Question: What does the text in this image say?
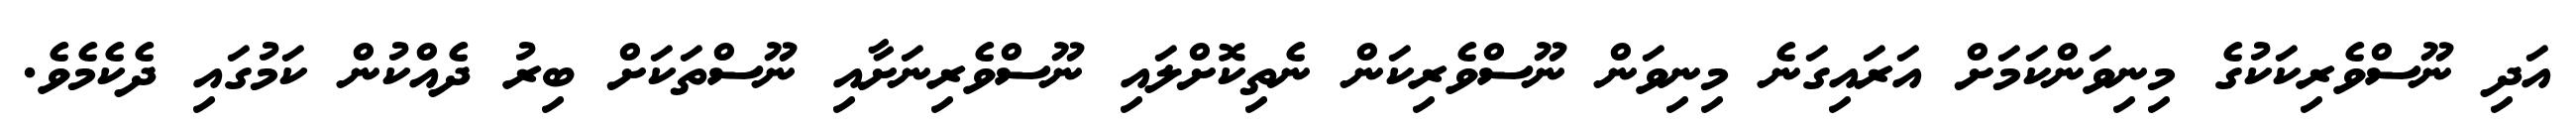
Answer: އަދި ނޫސްވެރިކަކުގެ މިނިވަންކަމަށް އަރައިގަނެ މިނިވަން ނޫސްވެރިކަން ނެތިކޮށްލައި ނޫސްވެރިނަށާއި ނޫސްތަކަށް ބިރު ދެއްކުން ކަމުގައި ދެކެމެވެ.